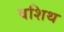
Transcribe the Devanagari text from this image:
वशिथ